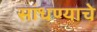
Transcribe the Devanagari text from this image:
सांधण्याचे